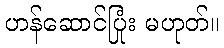
ဟန်ဆောင်ပြုံး မဟုတ်။